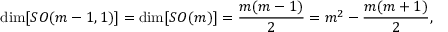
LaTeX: \mathrm { d i m } [ S O ( m - 1 , 1 ) ] = \mathrm { d i m } [ S O ( m ) ] = \frac { m ( m - 1 ) } { 2 } = m ^ { 2 } - \frac { m ( m + 1 ) } { 2 } ,